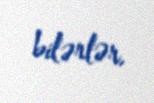
bilərlər.